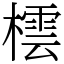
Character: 橒